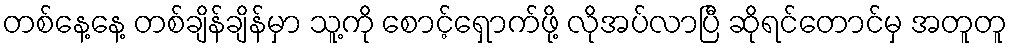
တစ်နေ့နေ့ တစ်ချိန်ချိန်မှာ သူ့ကို စောင့်ရှောက်ဖို့ လိုအပ်လာပြီ ဆိုရင်တောင်မှ အတူတူ